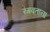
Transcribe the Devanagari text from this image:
रंगवताना